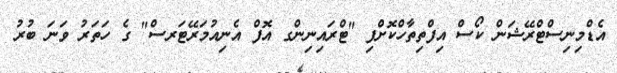
އެޑްމިނިސްޓްރޭޝަން ކޯސް އިފްތިތާހްކޮށްފި "ޓްރައިނިންގ އޮފް އެނިއުމަރޭޓަރސް" ގެ ހަތަރު ވަނަ ބުރު